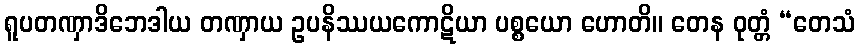
ရူပတဏှာဒိဘေဒါယ တဏှာယ ဥပနိဿယကောဋိယာ ပစ္စယော ဟောတိ။ တေန ဝုတ္တံ “တေသံ